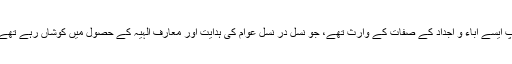
آپ ایسے آباء و اجداد کے صفات کے وارث تهے، جو نسل در نسل عوام کی ہدایت اور معارف الٰہیہ کے حصول میں کوشاں رہے تهے۔